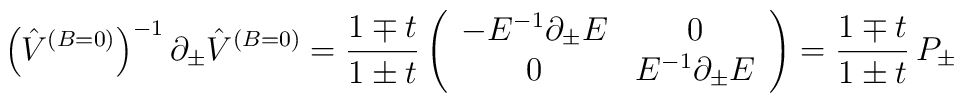
\left( \hat{V}^{(B=0)}\right) ^{-1}\partial _{\pm }\hat{V}^{(B=0)}={\frac{1\mp t}{1\pm t}}\left(\begin{array}{cc}-E^{-1}\partial _{\pm }E & 0 \\0 & E^{-1}\partial _{\pm }E\end{array}\right) ={\frac{1\mp t}{1\pm t}}\,P_{\pm }